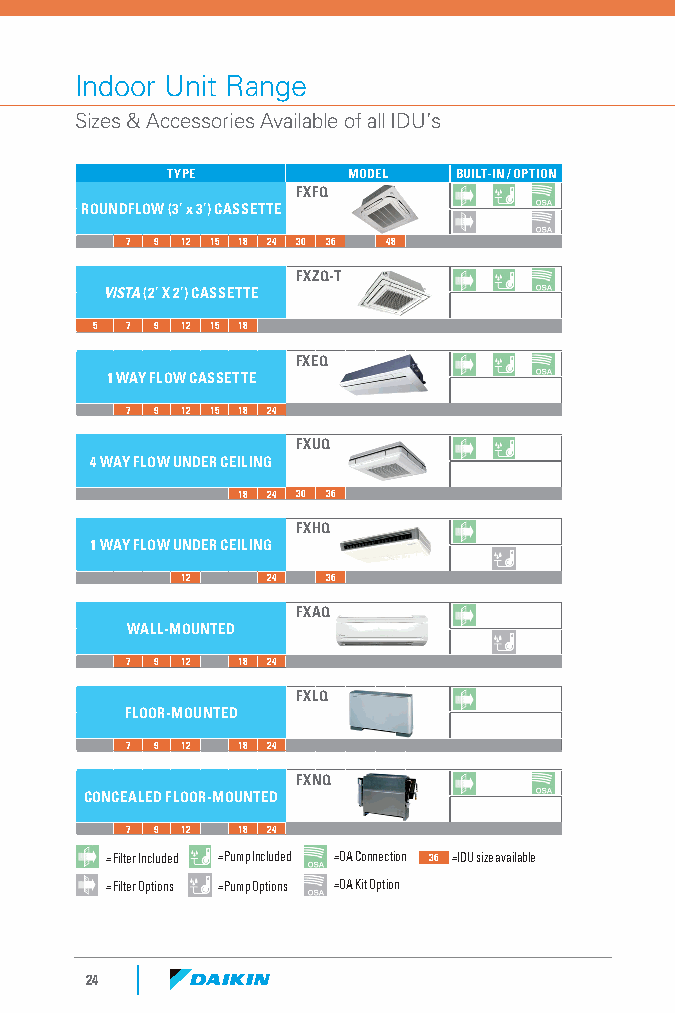
Indoor Unit Range
 Sizes & Accessories Available of all IDU’s
 TYPE        MODEL  BUILT-IN / OPTION
 FXFQ
 ROUNDFLOW (3’ x 3’) CASSETTE
 7 9 12 15 18 24 30 36 48
 FXZQ-T
 VISTA (2’ X 2’) CASSETTE
 5 7 9 12 15 18
 FXEQ
 1 WAY FLOW CASSETTE
 7 9 12 15 18 24
 FXUQ
 4 WAY FLOW UNDER CEILING
 18 24 30 36
 FXHQ
 1 WAY FLOW UNDER CEILING
 12    24  36
 FXAQ
 WALL-MOUNTED
 7 9 12  18 24
 FXLQ
 FLOOR-MOUNTED
 7 9 12  18 24
 FXNQ
 CONCEALED FLOOR-MOUNTED
 7 9 12  18 24
 = Filter Included =Pump Included =OA Connection 36 =IDU size available
 = Filter Options =Pump Options =OA Kit Option
 24